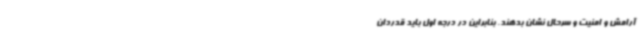
آرامش و امنیت و سرحال نشان بدهند. بنابراین در درجه اول باید قدردان